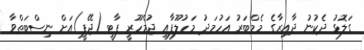
ގަލޮޅު ދެކުނު ދާއިރާގެ މެމްބަރު އަހުމަދު މަހުލޫފާއި ޖުމްހޫރީ ޕާޓީ (ޖޭޕީ)އަށް ނިސްބަތްވާ